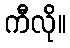
ကီလို။